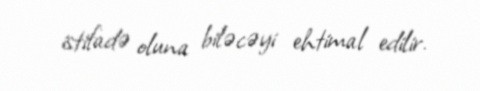
istifadə oluna biləcəyi ehtimal edilir.